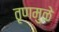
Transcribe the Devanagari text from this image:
तृणमुळे